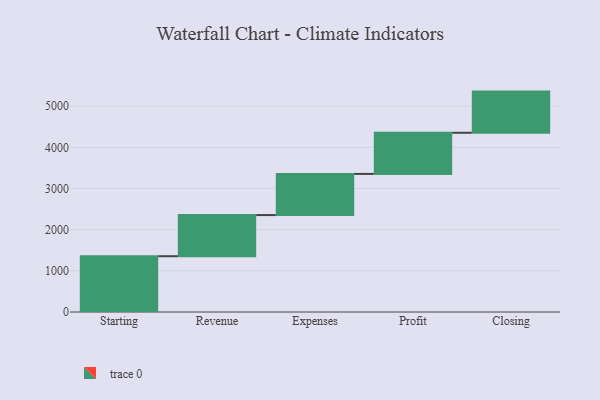
{"axis": {"x": "Step", "y": "Value"}, "legend": [""], "data": [{"x": "Starting", "y": 1355.0, "type": ""}, {"x": "Revenue", "y": 1000, "type": ""}, {"x": "Expenses", "y": 1000, "type": ""}, {"x": "Profit", "y": 1000, "type": ""}, {"x": "Closing", "y": 1000, "type": ""}]}